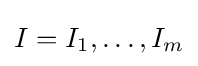
I=I_{1},\ldots ,I_{m}